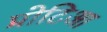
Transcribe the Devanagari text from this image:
प्रोटिआ